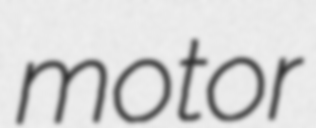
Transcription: motor